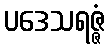
ပဒေသရဇ္ဇံ